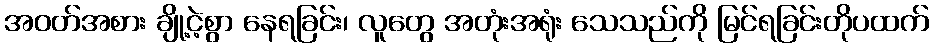
အဝတ်အစား ချို့ငဲ့စွာ နေရခြင်း၊ လူတွေ အတုံးအရုံး သေသည်ကို မြင်ရခြင်းတိုပထက်